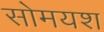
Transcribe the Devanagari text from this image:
सोमयश